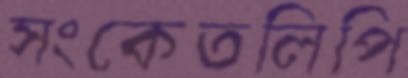
সংকেতলিপি